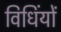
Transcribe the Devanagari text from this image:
विधिंयों